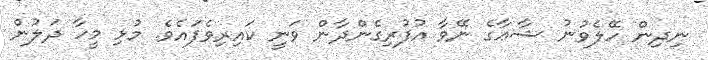
ނިދިން ހޭލެވުނު ޝާޢާގެ ނޭވާ އުފުރިގެންދާން ވަނީ ކައިރިވެފައެވެ. މުޅި މީހާ ދަލުން